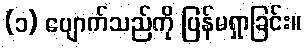
(၁) ပျောက်သည်ကို ပြန်မရှာခြင်း။